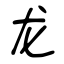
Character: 龙